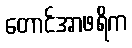
တောင်အာဖရိက